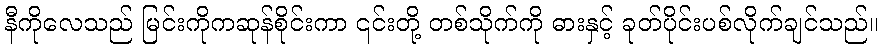
နီကိုလေသည် မြင်းကိုကဆုန်စိုင်းကာ ၎င်းတို့ တစ်သိုက်ကို ဓားနှင့် ခုတ်ပိုင်းပစ်လိုက်ချင်သည်။